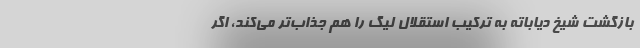
بازگشت شیخ دیاباته به ترکیب استقلال لیگ را هم جذاب‌تر می‌کند، اگر